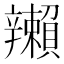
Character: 𬨛